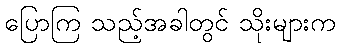
ပြောကြ သည့်အခါတွင် သိုးများက